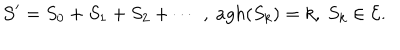
LaTeX: { \cal S } ^ { \prime } = S _ { 0 } + S _ { 1 } + S _ { 2 } + \cdots \; , \ a g h ( S _ { k } ) = k , \ S _ { k } \in { \cal E } .